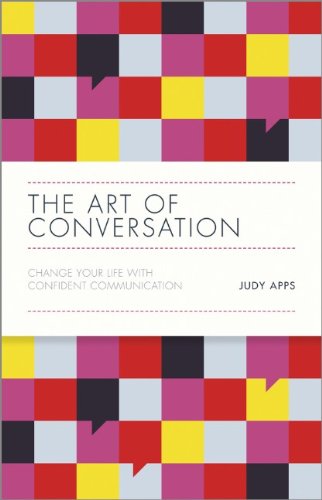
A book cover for The Art of Conversation: Change Your Life with Confident Communication; Judy Apps; Reference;